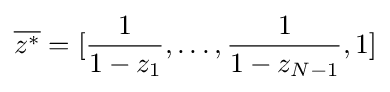
{\overline {z^{*}}}=[{\frac {1}{1-z_{1}}},\ldots ,{\frac {1}{1-z_{N-1}}},1]